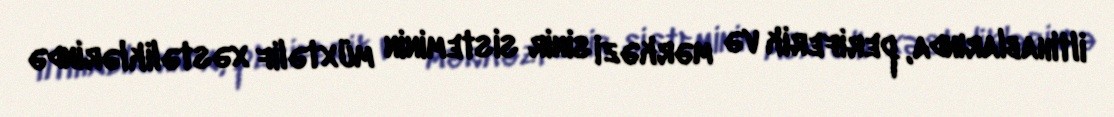
iltihablarında, periferik və mərkəzi sinir sisteminin müxtəlif xəstəliklərində